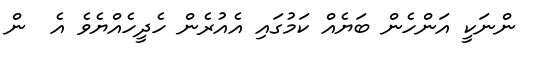
ންނަކީ އަންހެން ބަޔެއް ކަމުގައި އެއުރެން ހެދީހެއްޔެވެ އެ  ން